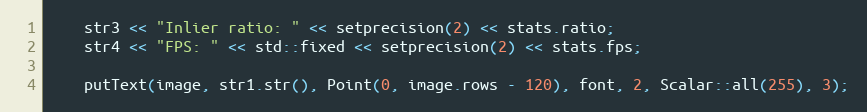
Language: C
    str3 << "Inlier ratio: " << setprecision(2) << stats.ratio;
    str4 << "FPS: " << std::fixed << setprecision(2) << stats.fps;

    putText(image, str1.str(), Point(0, image.rows - 120), font, 2, Scalar::all(255), 3);